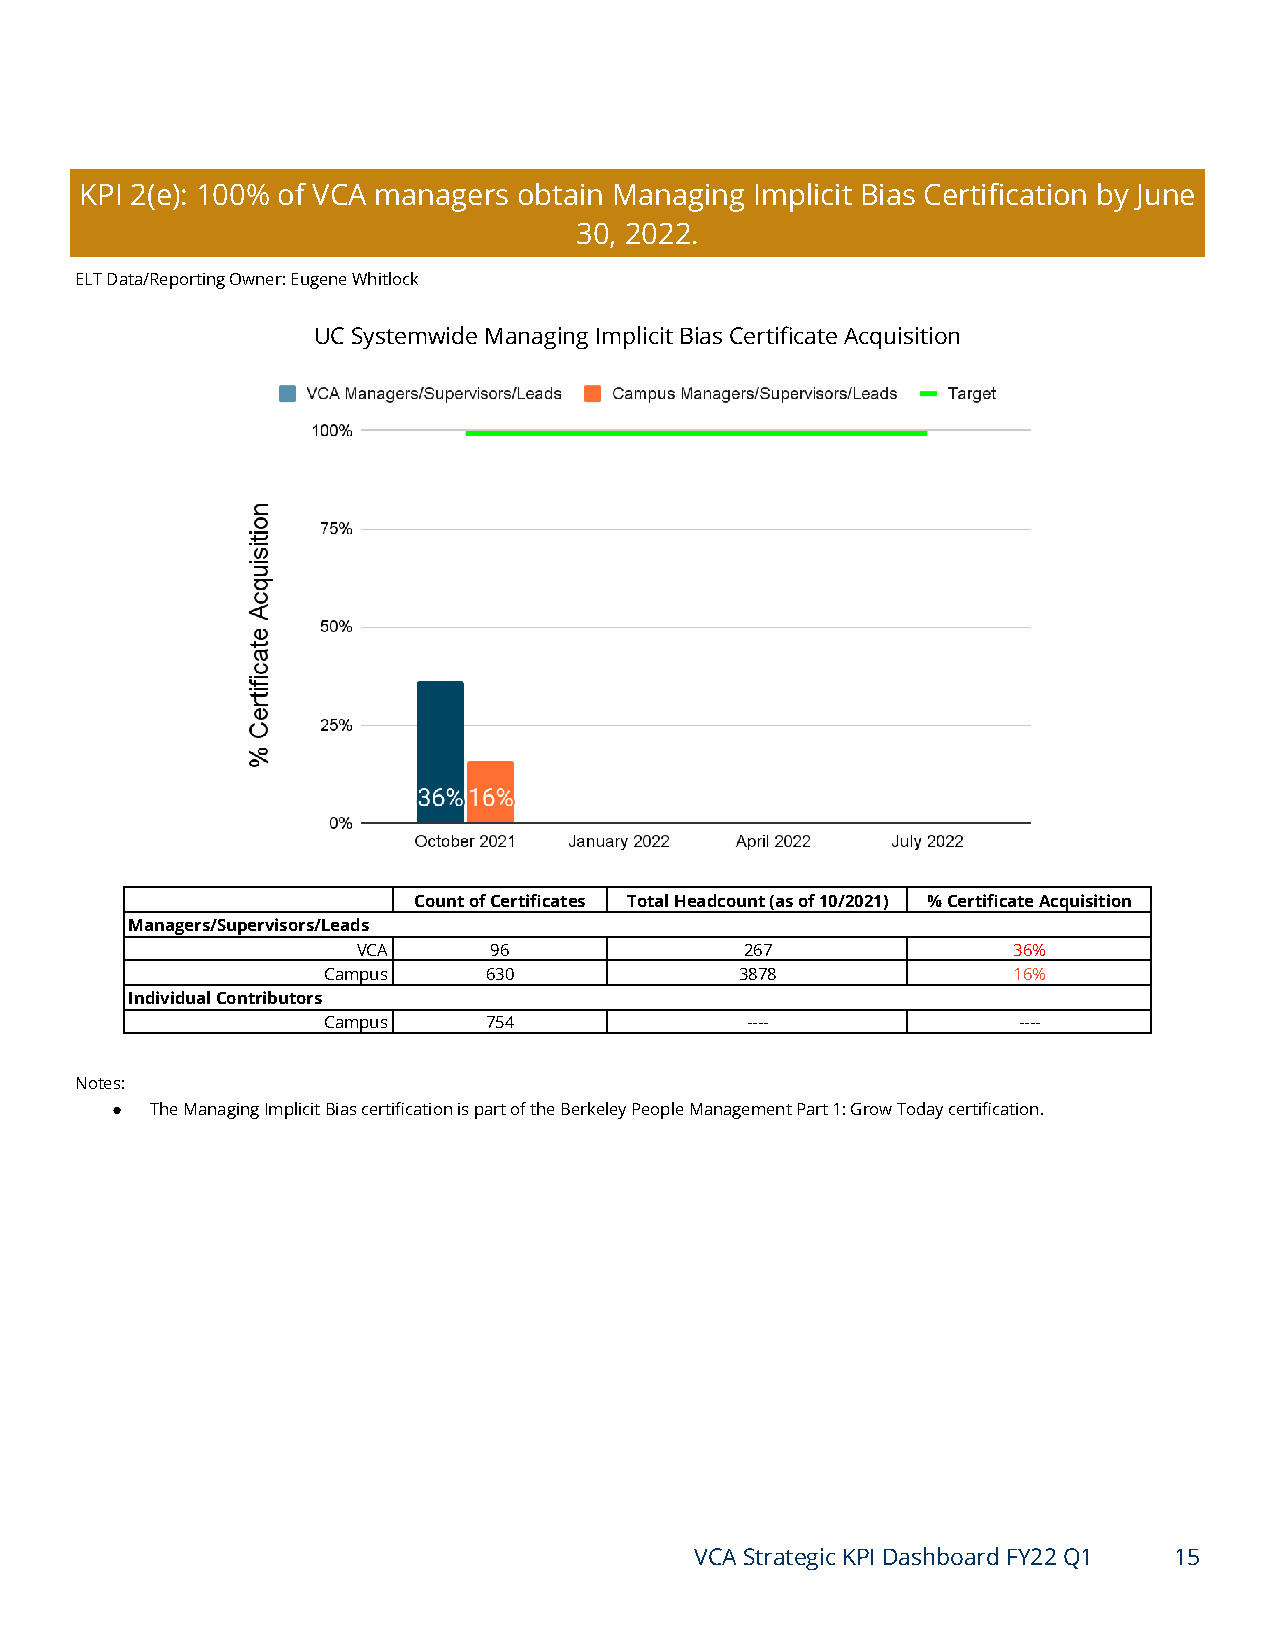
KPI 2(e): 100% of VCA managers obtain Managing Implicit Bias Certification by June
 30, 2022.
 ELT Data/Reporting Owner: Eugene Whitlock
 UC Systemwide Managing Implicit Bias Certificate Acquisition
 Count of Certificates Total Headcount (as of 10/2021) % Certificate Acquisition
 Managers/Supervisors/Leads
 VCA     96               267               36%
 Campus     630              3878              16%
 Individual Contributors
 Campus     754              ----              ----
 Notes:
 ●  The Managing Implicit Bias certification is part of the Berkeley People Management Part 1: Grow Today certification.
 VCA Strategic KPI Dashboard FY22 Q1 15